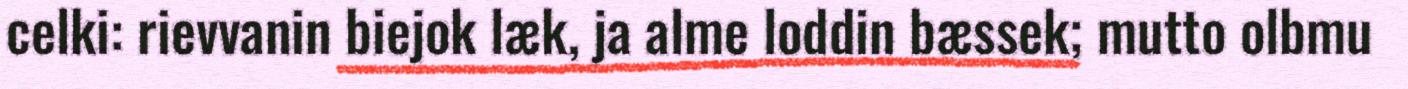
celki: rievvanin biejok læk, ja alme loddin bæssek; mutto olbmu